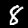
Label: 8